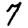
Digit: 7